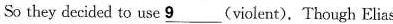
So they decided to use \underline{9}(violent),Though Elias